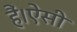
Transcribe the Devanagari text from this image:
हैं।ऐसी